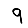
Digit: 9